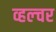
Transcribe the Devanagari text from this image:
व्हल्चर